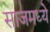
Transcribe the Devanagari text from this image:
साजमध्ये